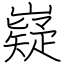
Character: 嶷